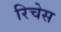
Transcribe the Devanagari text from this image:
रिचेस